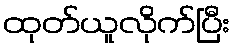
ထုတ်ယူလိုက်ပြီး